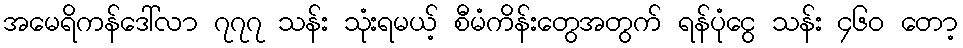
အမေရိကန်ဒေါ်လာ ၇၇၇ သန်း သုံးရမယ့် စီမံကိန်းတွေအတွက် ရန်ပုံငွေ သန်း ၄၆၀ တော့